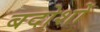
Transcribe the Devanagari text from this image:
बदोशों